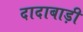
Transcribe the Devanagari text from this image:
दादाबाड़ी